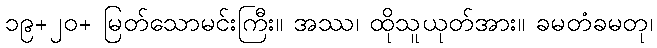
၁၉+၂၀+ မြတ်သောမင်းကြီး။ အဿ၊ ထိုသူယုတ်အား။ ခမတံခမတု၊